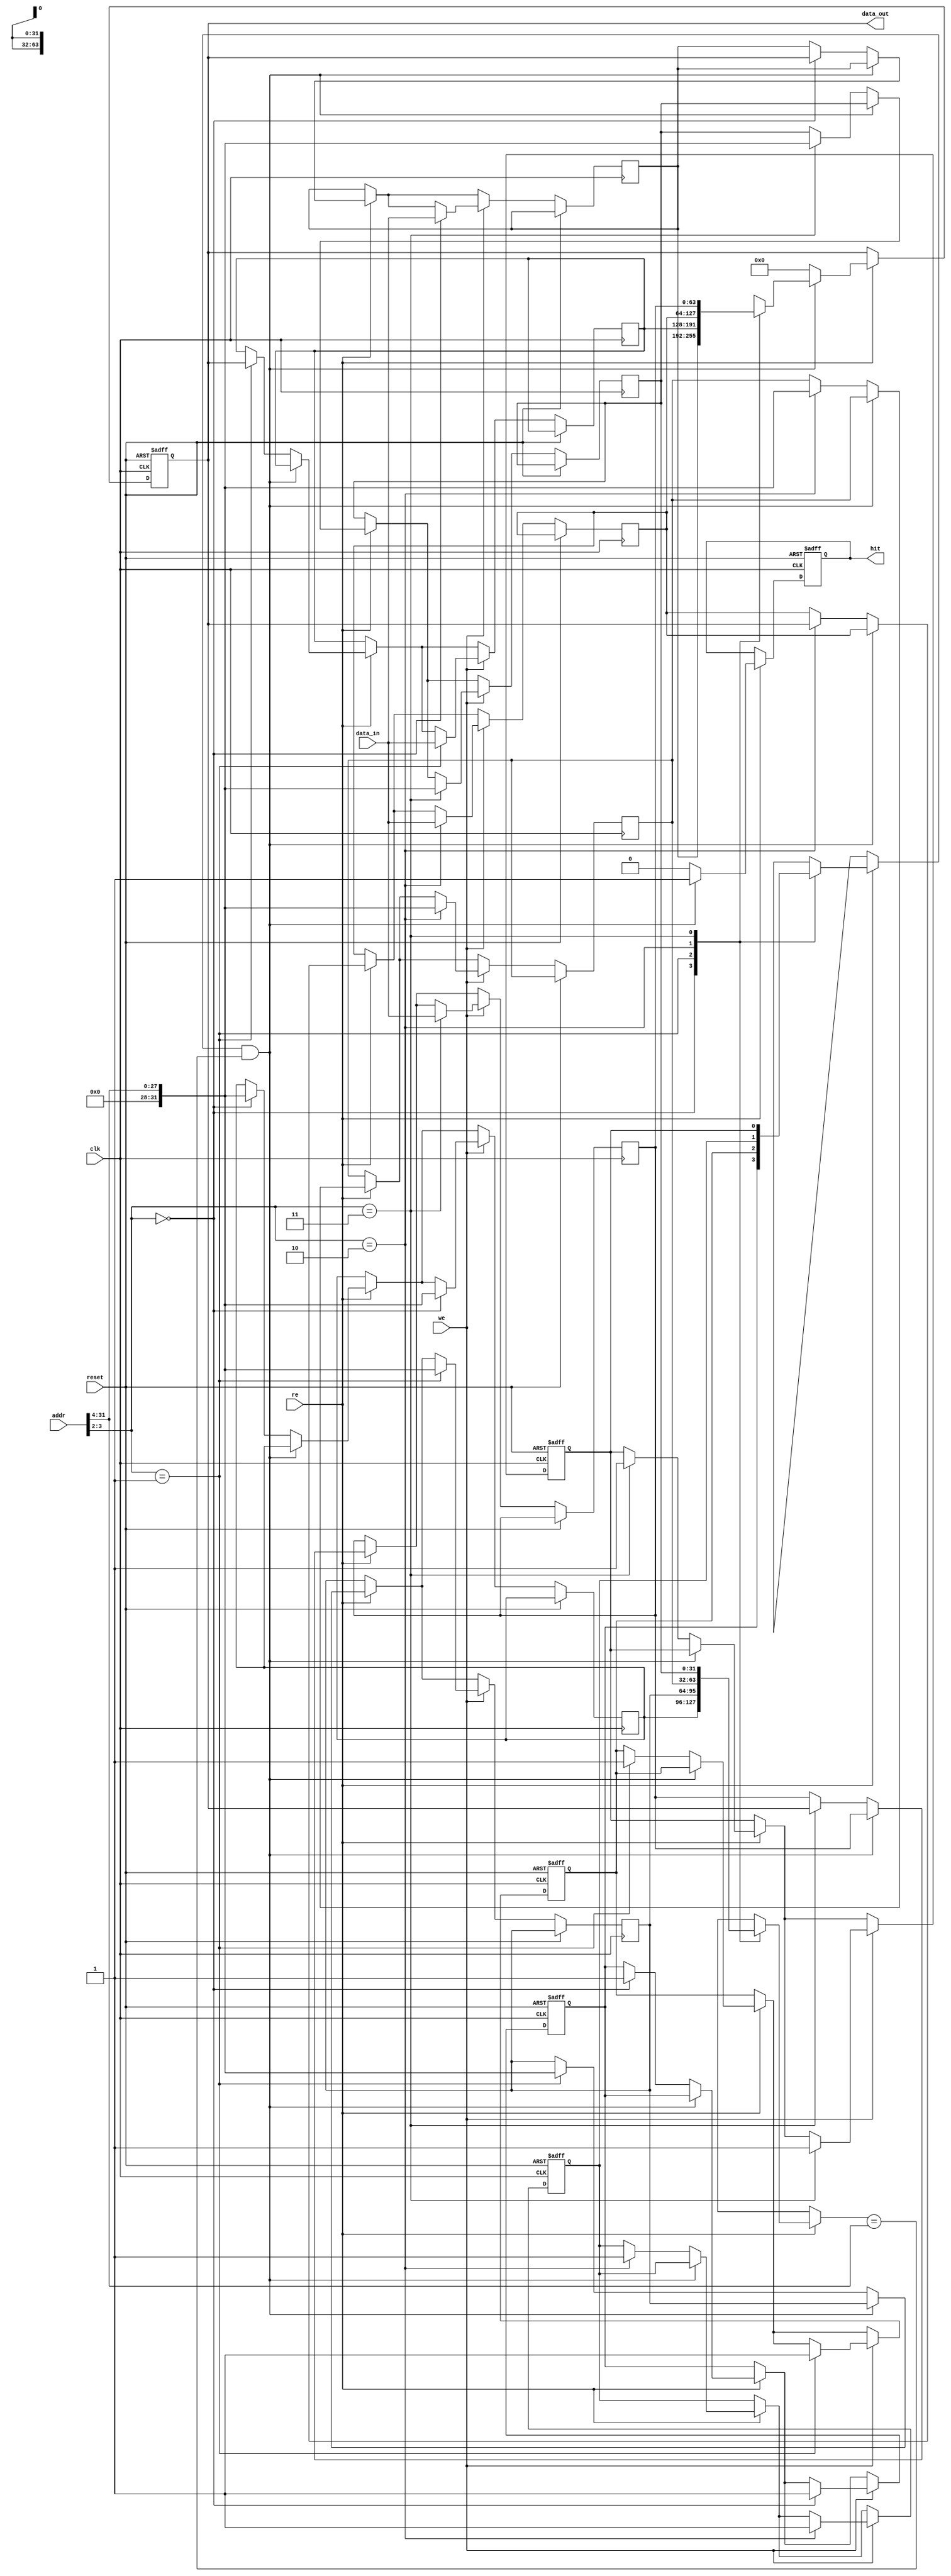
module write_through_cache #(
    parameter CACHE_SIZE = 4,  // Number of cache lines
    parameter LINE_SIZE = 8     // Size of each line in bytes
)(
    input wire clk,
    input wire reset,
    input wire we,
    input wire [31:0] addr,     // 32-bit address
    input wire [LINE_SIZE*8-1:0] data_in, // Data input
    input wire re,
    output reg [LINE_SIZE*8-1:0] data_out, // Data output
    output reg hit               // Hit signal
);

    // Cache line structure
    reg [31:0] cache_tag[CACHE_SIZE-1:0]; // Tags
    reg [LINE_SIZE*8-1:0] cache_data[CACHE_SIZE-1:0]; // Data
    reg valid[CACHE_SIZE-1:0]; // Valid bits

    // Cache line index and tag extraction
    wire [1:0] index = addr[3:2]; // Assuming 4 cache lines (2 bits for index)
    wire [31:0] tag = addr[31:4];  // Remaining bits as tag

    integer i;

    // Resetting the cache
    always @(posedge clk or posedge reset) begin
        if (reset) begin
            for (i = 0; i < CACHE_SIZE; i = i + 1) begin
                valid[i] <= 1'b0; // Invalidate all lines
            end
            data_out <= 0;
            hit <= 0;
        end else begin
            // Read operation
            if (re) begin
                if (valid[index] && (cache_tag[index] == tag)) begin
                    // Cache hit
                    data_out <= cache_data[index];
                    hit <= 1'b1;
                end else begin
                    // Cache miss
                    // Here we would read from main memory (not implemented)
                    // For simulation, let's assume main memory returns zero
                    data_out <= 0; // Replace with actual memory read logic
                    hit <= 1'b0;

                    // Load data into cache (for simplicity, we assume a write-back)
                    cache_tag[index] <= tag; // Update tag
                    cache_data[index] <= data_out; // Assume we read from main memory
                    valid[index] <= 1'b1; // Mark line as valid
                end
            end
            
            // Write operation
            if (we) begin
                // Write to cache and main memory
                cache_tag[index] <= tag; // Update tag
                cache_data[index] <= data_in; // Update cache data
                valid[index] <= 1'b1; // Mark line as valid
                // Simulate write to main memory (not implemented)
            end
        end
    end

endmodule